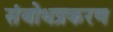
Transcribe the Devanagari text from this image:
संबोधप्रकरण